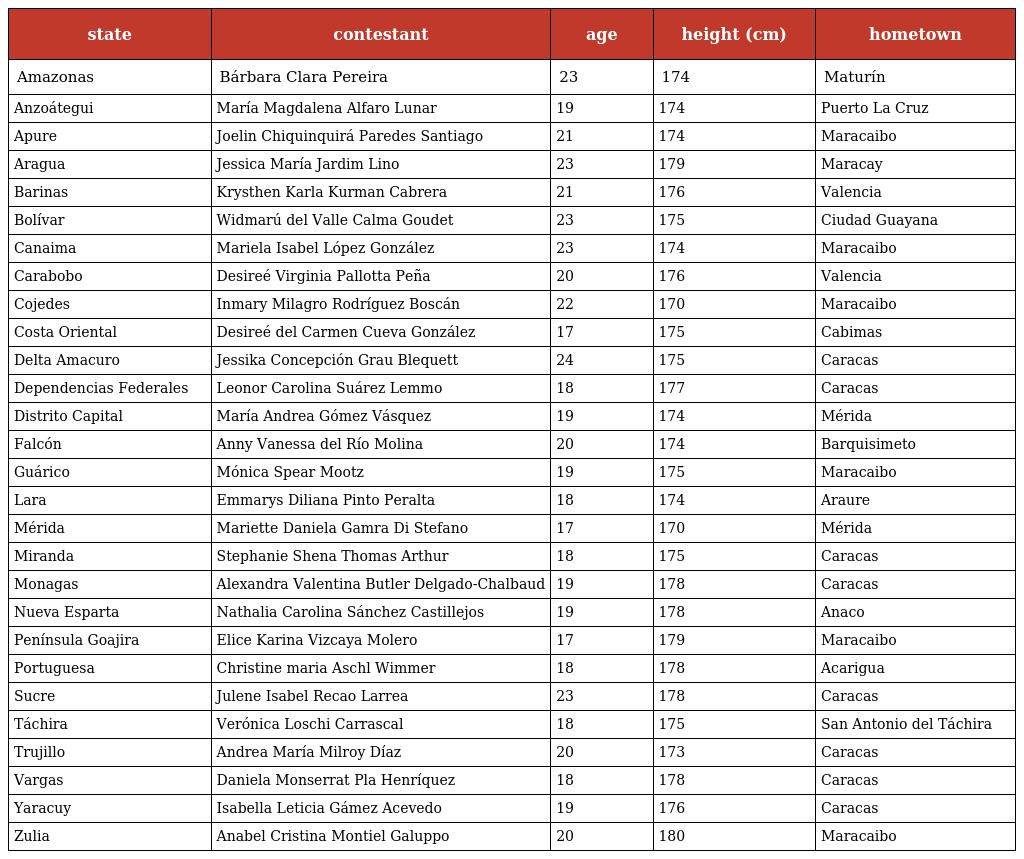
| state | contestant | age | height (cm) | hometown |
 | --- | --- | --- | --- | --- |
 | Amazonas | Bárbara Clara Pereira | 23 | 174 | Maturín |
 | Anzoátegui | María Magdalena Alfaro Lunar | 19 | 174 | Puerto La Cruz |
 | Apure | Joelin Chiquinquirá Paredes Santiago | 21 | 174 | Maracaibo |
 | Aragua | Jessica María Jardim Lino | 23 | 179 | Maracay |
 | Barinas | Krysthen Karla Kurman Cabrera | 21 | 176 | Valencia |
 | Bolívar | Widmarú del Valle Calma Goudet | 23 | 175 | Ciudad Guayana |
 | Canaima | Mariela Isabel López González | 23 | 174 | Maracaibo |
 | Carabobo | Desireé Virginia Pallotta Peña | 20 | 176 | Valencia |
 | Cojedes | Inmary Milagro Rodríguez Boscán | 22 | 170 | Maracaibo |
 | Costa Oriental | Desireé del Carmen Cueva González | 17 | 175 | Cabimas |
 | Delta Amacuro | Jessika Concepción Grau Blequett | 24 | 175 | Caracas |
 | Dependencias Federales | Leonor Carolina Suárez Lemmo | 18 | 177 | Caracas |
 | Distrito Capital | María Andrea Gómez Vásquez | 19 | 174 | Mérida |
 | Falcón | Anny Vanessa del Río Molina | 20 | 174 | Barquisimeto |
 | Guárico | Mónica Spear Mootz | 19 | 175 | Maracaibo |
 | Lara | Emmarys Diliana Pinto Peralta | 18 | 174 | Araure |
 | Mérida | Mariette Daniela Gamra Di Stefano | 17 | 170 | Mérida |
 | Miranda | Stephanie Shena Thomas Arthur | 18 | 175 | Caracas |
 | Monagas | Alexandra Valentina Butler Delgado-Chalbaud | 19 | 178 | Caracas |
 | Nueva Esparta | Nathalia Carolina Sánchez Castillejos | 19 | 178 | Anaco |
 | Península Goajira | Elice Karina Vizcaya Molero | 17 | 179 | Maracaibo |
 | Portuguesa | Christine maria Aschl Wimmer | 18 | 178 | Acarigua |
 | Sucre | Julene Isabel Recao Larrea | 23 | 178 | Caracas |
 | Táchira | Verónica Loschi Carrascal | 18 | 175 | San Antonio del Táchira |
 | Trujillo | Andrea María Milroy Díaz | 20 | 173 | Caracas |
 | Vargas | Daniela Monserrat Pla Henríquez | 18 | 178 | Caracas |
 | Yaracuy | Isabella Leticia Gámez Acevedo | 19 | 176 | Caracas |
 | Zulia | Anabel Cristina Montiel Galuppo | 20 | 180 | Maracaibo |